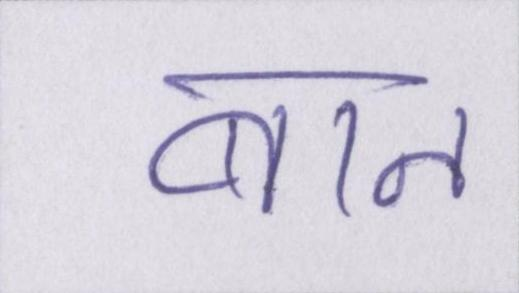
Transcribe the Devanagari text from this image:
बान